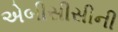
એબીસીસીની